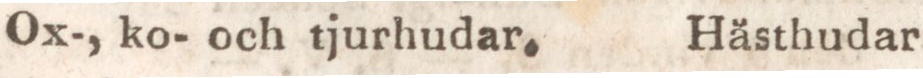
Ox-, ko- och tjurhudar.    Håsthudar